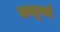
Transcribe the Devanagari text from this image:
लखूबाई